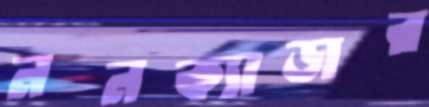
ননক্যাডার